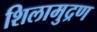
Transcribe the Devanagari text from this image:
शिलामुद्रण